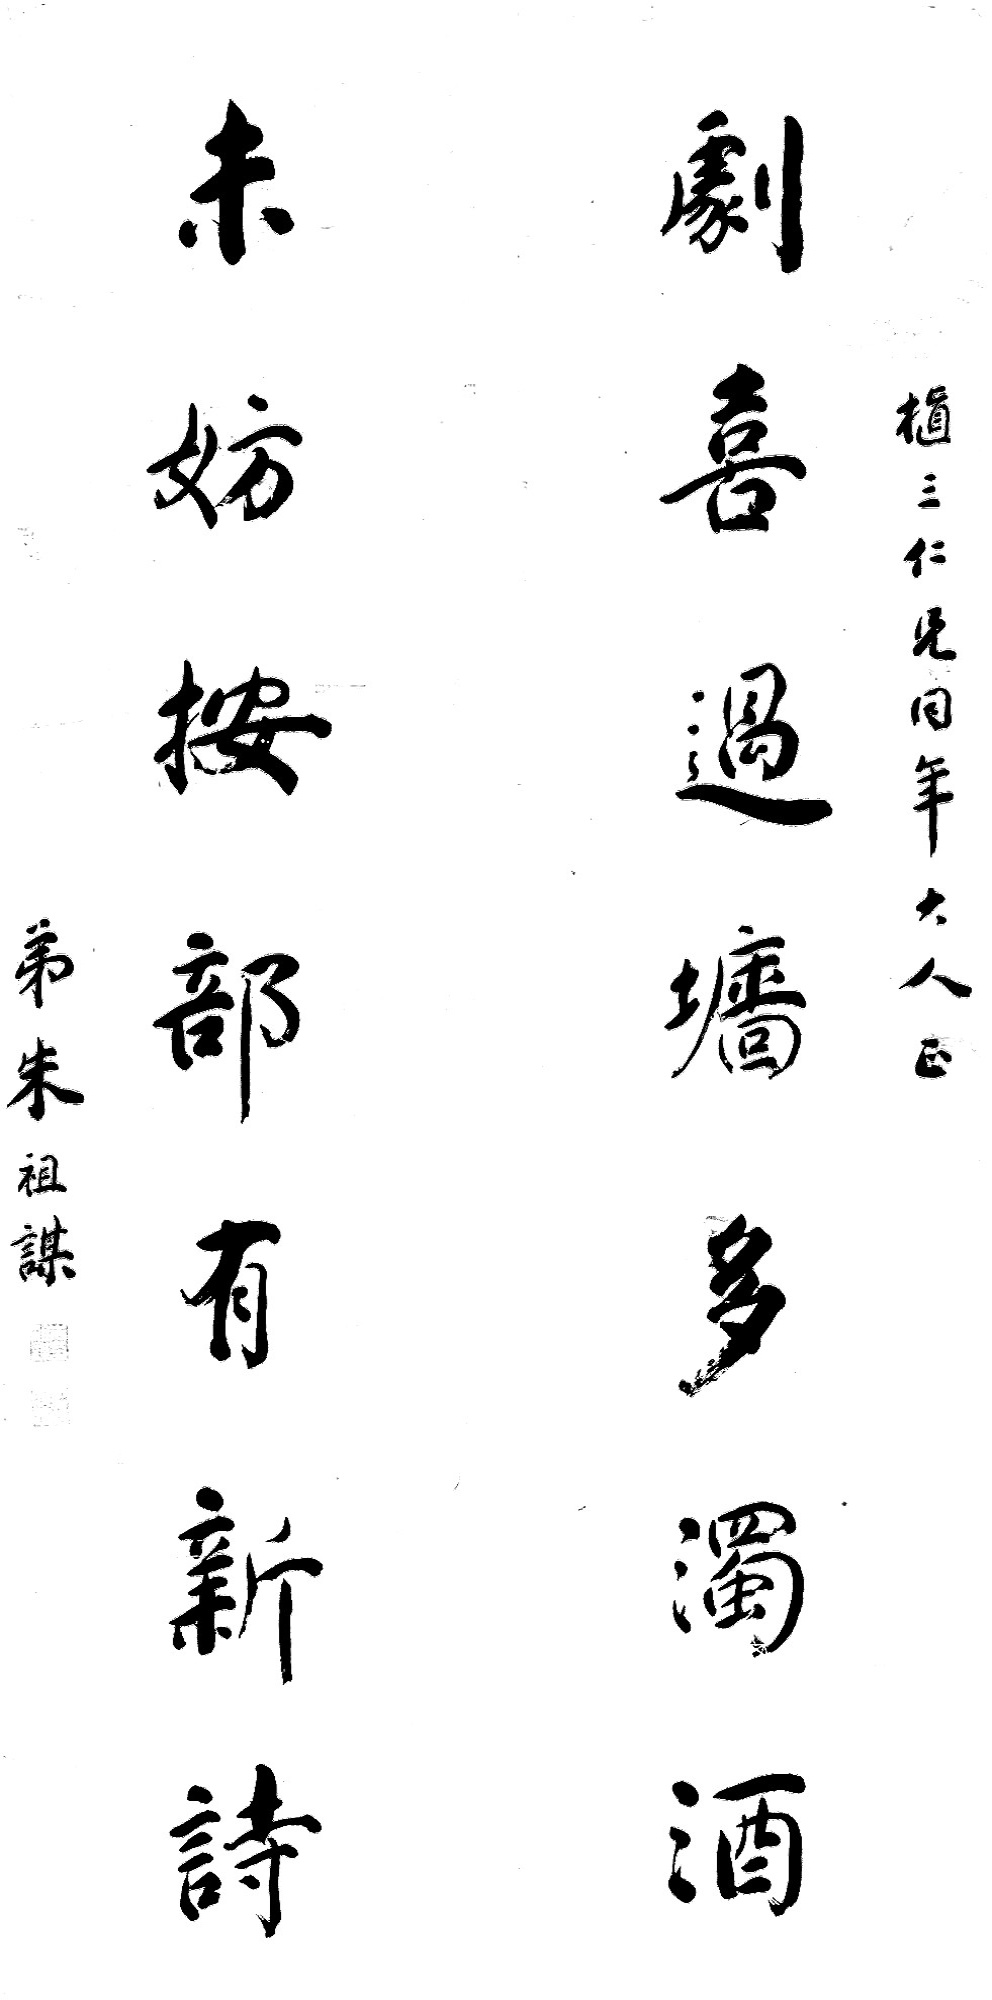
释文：剧喜过墙多浊酒，未妨按部有新诗。植三仁兄同年大人正，弟朱祖谋。